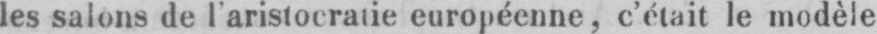
les salons de l’aristocratie européenne, c’était le modèle